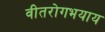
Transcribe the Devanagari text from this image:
वीतरोगभयाय